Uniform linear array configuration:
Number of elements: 8
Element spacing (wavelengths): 1
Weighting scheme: kaiser
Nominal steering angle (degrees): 60
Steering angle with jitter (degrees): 59.877
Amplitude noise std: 0.05
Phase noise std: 0.05

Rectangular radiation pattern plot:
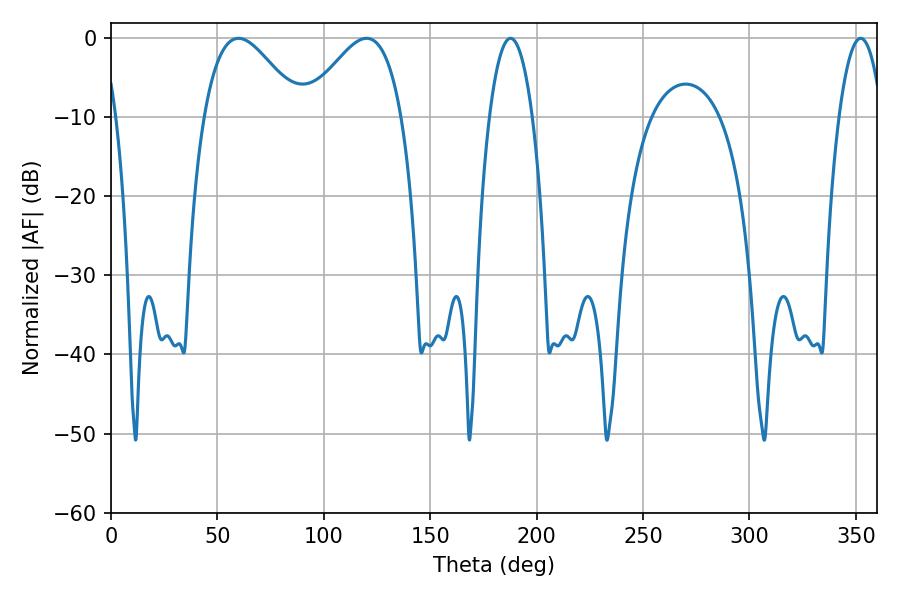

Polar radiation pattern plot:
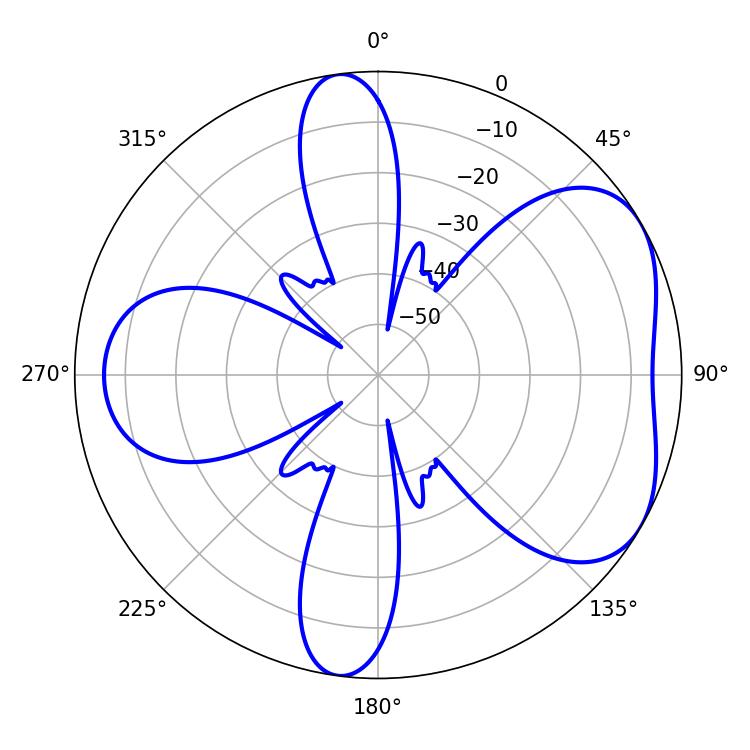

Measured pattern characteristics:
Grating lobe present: TRUE
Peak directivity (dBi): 4.917
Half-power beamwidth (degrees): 11.16
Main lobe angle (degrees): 187.74